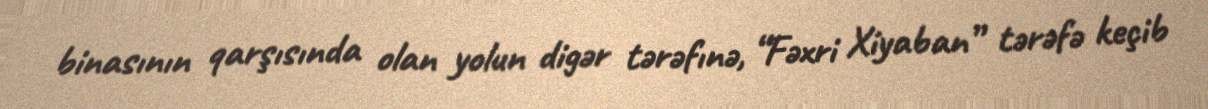
binasının qarşısında olan yolun digər tərəfınə, “Fəxri Xiyaban” tərəfə keçib